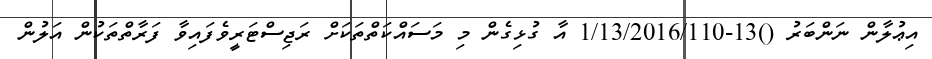
އިޢުލާން ނަންބަރު ()13-1/13/2016/110 އާ ގުޅިގެން މި މަސައްކަތްތަކަށް ރަޖިސްޓަރީވެފައިވާ ފަރާތްތަކުން އަލުން